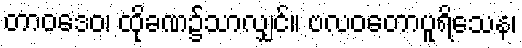
တာဝဒေဝ၊ ထိုခဏ၌သာလျှင်။ ဗလဝတောပူရိသေန၊